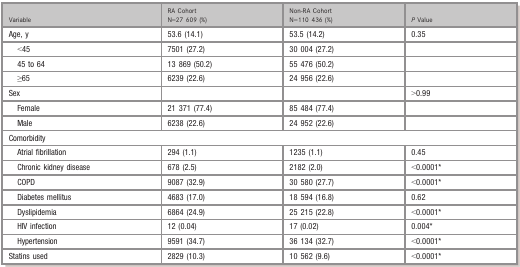
| Variable | RA Cohort N=27 609 (%) | Non‐RA Cohort N=110 436 (%) | P Value |
 | --- | --- | --- | --- |
 | Age, y | 53.6 (14.1) | 53.5 (14.2) | 0.35 |
 | <45 | 7501 (27.2) | 30 004 (27.2) |  |
 | 45 to 64 | 13 869 (50.2) | 55 476 (50.2) |  |
 | ≥65 | 6239 (22.6) | 24 956 (22.6) |  |
 | Sex |  |  | >0.99 |
 | Female | 21 371 (77.4) | 85 484 (77.4) |  |
 | Male | 6238 (22.6) | 24 952 (22.6) |  |
 | <COLSPAN=4> Comorbidity |
 | Atrial fibrillation | 294 (1.1) | 1235 (1.1) | 0.45 |
 | Chronic kidney disease | 678 (2.5) | 2182 (2.0) | <0.0001a |
 | COPD | 9087 (32.9) | 30 580 (27.7) | <0.0001a |
 | Diabetes mellitus | 4683 (17.0) | 18 594 (16.8) | 0.62 |
 | Dyslipidemia | 6864 (24.9) | 25 215 (22.8) | <0.0001a |
 | HIV infection | 12 (0.04) | 17 (0.02) | 0.004a |
 | Hypertension | 9591 (34.7) | 36 134 (32.7) | <0.0001a |
 | Statins used | 2829 (10.3) | 10 562 (9.6) | <0.0001a |